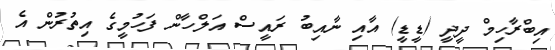
އިބްރާހިމް ދީދީ (ޑީޑީ) އާއި ނާއިބު ރައީސް އަލްހާން ފަހުމީގެ އިތުރުން އެ